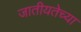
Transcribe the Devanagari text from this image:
जातीयतेच्या